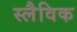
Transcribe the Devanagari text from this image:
स्लैविक